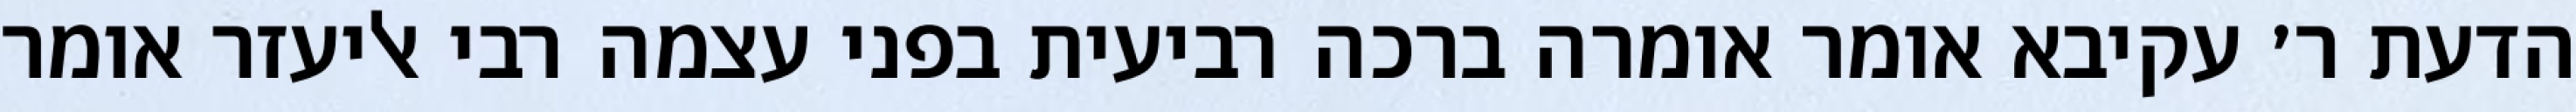
הדעת ר׳ עקיבא אומר אומרה ברכה רביעית בפני עצמה רבי אליעזר אומר